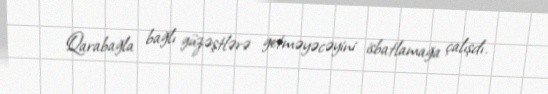
Qarabağla bağlı güzəştlərə getməyəcəyini isbatlamağa çalışdı.